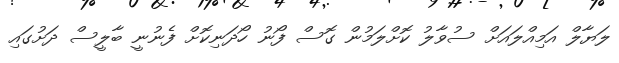
ލަޔާލް އަމިއްލައަށް ސުވާލު ކޮށްލަމުން ގޮސް ފޯނު ހޯދަނިކޮށް ފެނުނީ ބާލީސް ދަށުގައި